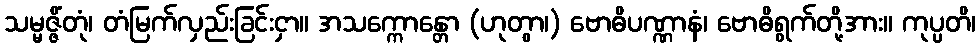
သမ္မဇ္ဇိံတုံ၊ တံမြက်လှည်းခြင်းငှာ။ အသက္ကောန္တော (ဟုတွာ၊) ဗောဓိပဏ္ဏာနံ၊ ဗောဓိရွက်တို့အား။ ကုပ္ပတိ၊